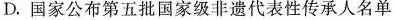
D. 国家公布第五批国家级非遗代表性传承人名单